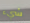
شيء